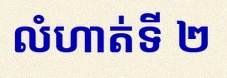
លំហាត់ទី ២